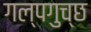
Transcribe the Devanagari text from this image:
गल्पगुच्छ